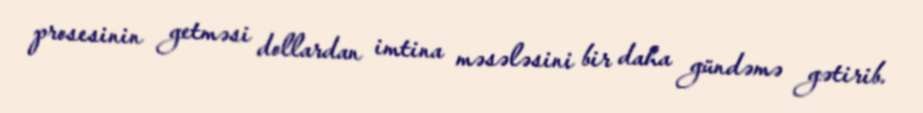
prosesinin getməsi dollardan imtina məsələsini bir daha gündəmə gətirib.